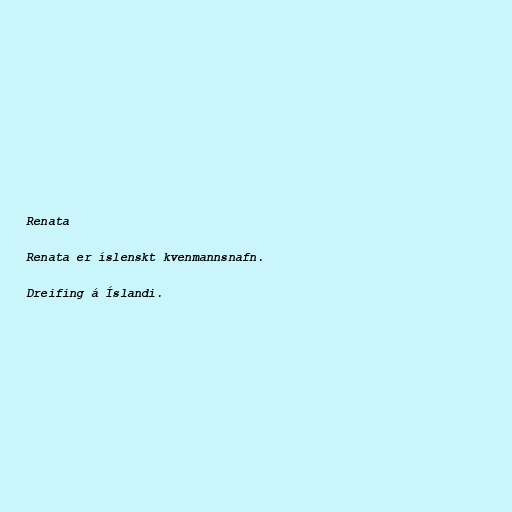
Renata

Renata er íslenskt kvenmannsnafn.

Dreifing á Íslandi.